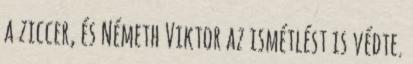
a ziccer, és Németh Viktor az ismétlést is védte.